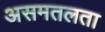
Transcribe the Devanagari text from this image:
असमतलता